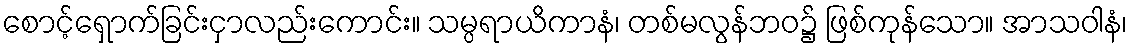
စောင့်ရှောက်ခြင်းငှာလည်းကောင်း။ သမ္ပရာယိကာနံ၊ တစ်မလွန်ဘဝ၌ ဖြစ်ကုန်သော။ အာသဝါနံ၊